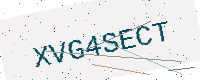
Text: XVG4SECT